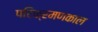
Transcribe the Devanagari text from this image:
परिक्रमणकाल